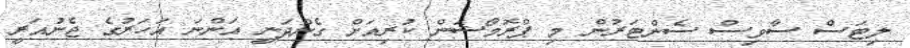
ލިޓަސް ސާވިސް ސެންޓަރުން މި ޕްރޮމޯޝަން ކުރިއަށް ގެންދަނީ އަންނަ އަހަރުގެ ޖެނުއަރީ